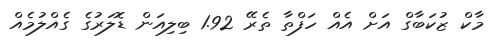
މާކް ޒުކަބާގް އަށް އެއް ހަފްތާ ތެރޭ 1.92 ބިލިއަން ޑޮލަރުގެ ގެއްލުމެއް